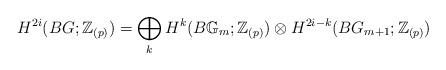
LaTeX: \begin{align*}H^{2i}(BG;\mathbb{Z}_{(p)})=\bigoplus_{k} H^{k}(B\mathbb{G}_m;\mathbb{Z}_{(p)}) \otimes H^{2i-k}(BG_{m+1};\mathbb{Z}_{(p)})\end{align*}